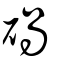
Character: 碢